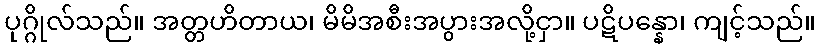
ပုဂ္ဂိုလ်သည်။ အတ္တဟိတာယ၊ မိမိအစီးအပွားအလို့ငှာ။ ပဋိပန္နော၊ ကျင့်သည်။